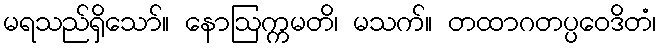
မရသည်ရှိသော်။ နောဩက္ကမတိ၊ မသက်။ တထာဂတပ္ပဝေဒိတံ၊